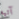
آتيه